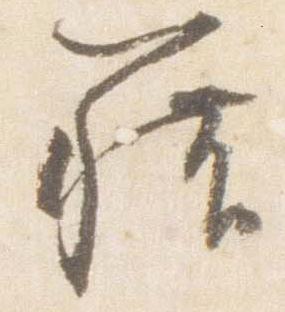
籍